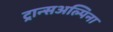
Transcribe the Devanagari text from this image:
ट्रान्सअल्पिना